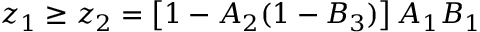
z _ { 1 } \geq z _ { 2 } = \left[ 1 - A _ { 2 } ( 1 - B _ { 3 } ) \right] A _ { 1 } B _ { 1 }